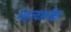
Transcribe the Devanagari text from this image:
महत्वाकाँक्षा